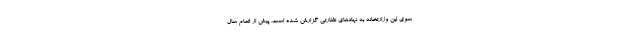
سوی این وزارتخانه به نهادهای نظارتی گزارش شده است. پیش از اتمام سال